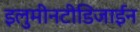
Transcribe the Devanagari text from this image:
इलुमीनटीडिजाईन